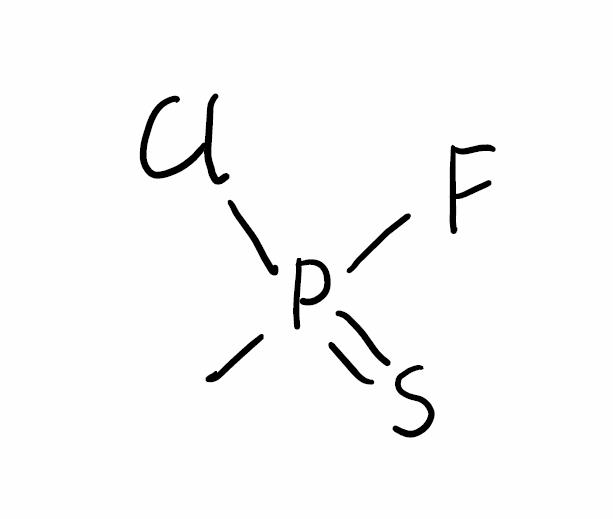
Simplified molecular-input line-entry system (SMILES) notation of the given molecule:
CP(=S)(F)Cl